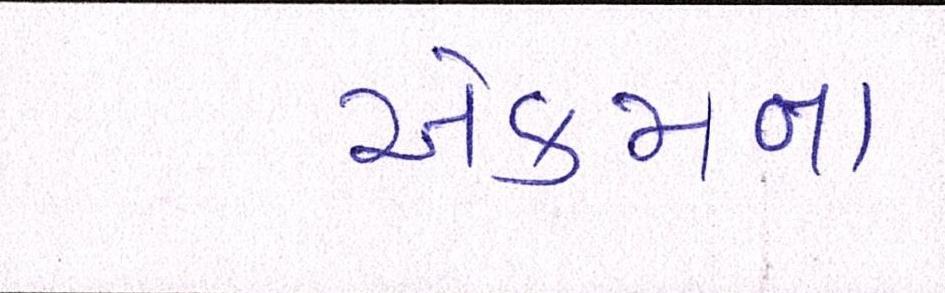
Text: એકમના